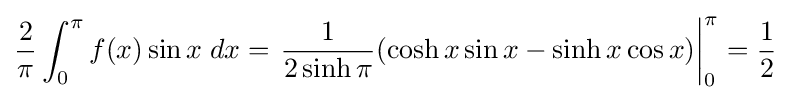
{\frac {2}{\pi }}\int _{0}^{\pi }f(x)\sin x\;dx=\left.{\frac {1}{2\sinh \pi }}(\cosh x\sin x-\sinh x\cos x)\right|_{0}^{\pi }={\frac {1}{2}}